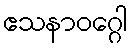
ဧသနာဝဂ္ဂေါ